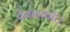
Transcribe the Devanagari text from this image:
चेकरस्पॉट